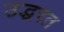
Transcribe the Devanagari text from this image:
उद्धरत